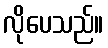
လိုပေသည်။